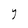
Character: Y